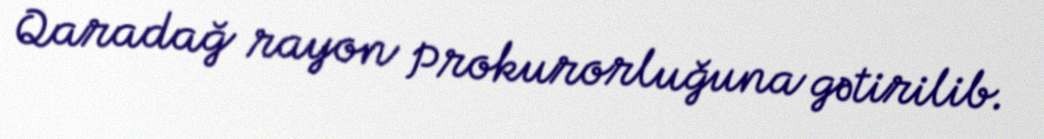
Qaradağ rayon Prokurorluğuna gətirilib.